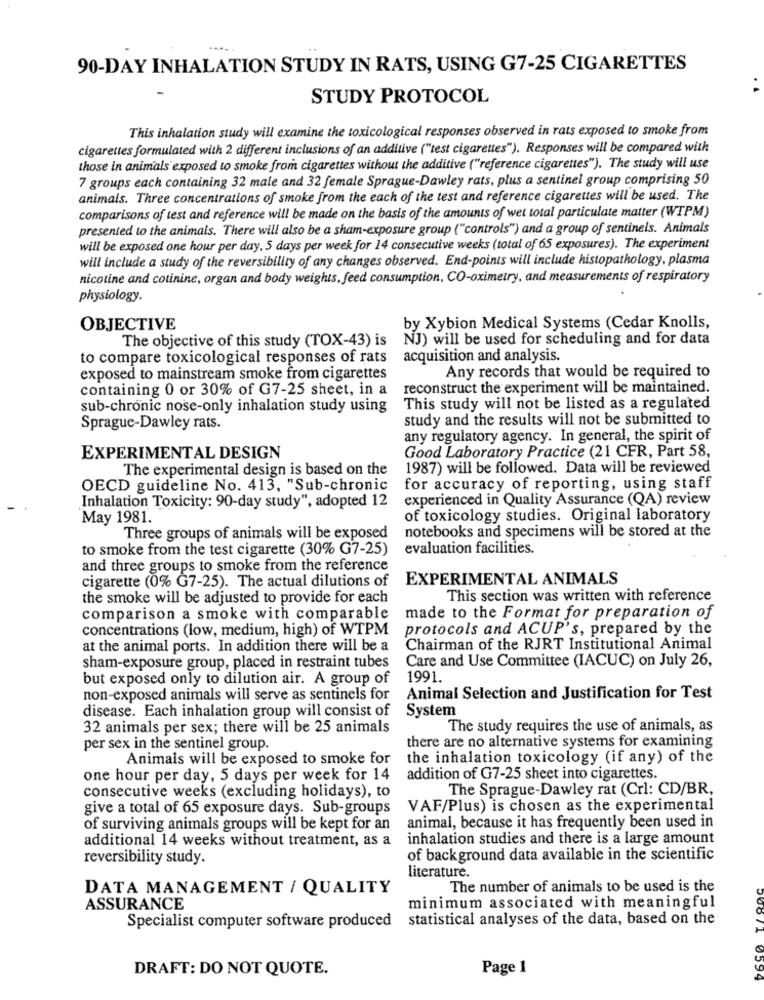
90-DAY INHALATION STUDY IN RATS, USING G7-25 CIGARETTES
STUDY PROTOCOL
This inhalation study will examine the toxicological responses observed in rats exposed to smoke from
cigarettes formulated with 2 different inclusions of an additive ("test cigarettes"). Responses will be compared with
those in animals exposed to smoke from cigarettes without the additive ("reference cigarettes"). The study will use
7 groups each containing 32 male and 32 female Sprague-Dawley rats, plus a sentinel group comprising 50
animals. Three concentrations of smoke from the each of the test and reference cigarettes will be used. The
comparisons of test and reference will be made on the basis of the amounts of wet total particulate matter (WTPM)
presented to the animals. There will also be a sham-exposure group ("controls") and a group of sentinels. Animals
will be exposed one hour per day. 5 days per week for 14 consecutive weeks (total of 65 exposures). The experiment
will include a study of the reversibility of any changes observed. End-points will include histopathology, plasma
nicotine and cotinine, organ and body weights, feed consumption. CO-oximetry, and measurements of respiratory
physiology.
OBJECTIVE
by Xybion Medical Systems (Cedar Knolls,
The objective of this study (TOX-43) is
NJ) will be used for scheduling and for data
to compare toxicological responses of rats
acquisition and analysis.
exposed to mainstream smoke from cigarettes
Any records that would be required to
containing 0 or 30% of G7-25 sheet, in a
reconstruct the experiment will be maintained.
sub-chronic nose-only inhalation study using
This study will not be listed as a regulated
study and the results will not be submitted to
Sprague-Dawley rats.
any regulatory agency. In general, the spirit of
Good Laboratory Practice (21 CFR, Part 58,
EXPERIMENTAL DESIGN
The experimental design is based on the
1987) will be followed. Data will be reviewed
OECD guideline No. 413, "Sub-chronic
for accuracy of reporting, using staff
experienced in Quality Assurance (QA) review
Inhalation Toxicity: 90-day study", adopted 12
May 1981.
of toxicology studies. Original laboratory
notebooks and specimens will be stored at the
Three groups of animals will be exposed
to smoke from the test cigarette (30% G7-25)
evaluation facilities.
and three groups to smoke from the reference
cigarette (0% G7-25). The actual dilutions of
EXPERIMENTAL ANIMALS
the smoke will be adjusted to provide for each
This section was written with reference
comparison a smoke with comparable
made to the Format for preparation of
concentrations (low, medium, high) of WTPM
protocols and ACUP's, prepared by the
at the animal ports. In addition there will be a
Chairman of the RJRT Institutional Animal
Care and Use Committee (IACUC) on July 26,
sham-exposure group, placed in restraint tubes
but exposed only to dilution air. A group of
1991
non-exposed animals will serve as sentinels for
Animal Selection and Justification for Test
disease. Each inhalation group will consist of
System
32 animals per sex; there will be 25 animals
The study requires the use of animals, as
per sex in the sentinel group.
there are no alternative systems for examining
Animais will be exposed to smoke for
the inhalation toxicology (if any) of the
one hour per day, 5 days per week for 14
addition of G7-25 sheet into cigarettes.
The Sprague-Dawley rat (Crl: CD/BR,
consecutive weeks (excluding holidays), to
give a total of 65 exposure days. Sub-groups
VAF/Plus) is chosen as the experimental
animal, because it has frequently been used in
of surviving animals groups will be kept for an
additional 14 weeks without treatment, as a
inhalation studies and there is a large amount
reversibility study.
of background data available in the scientific
literature.
DATA MANAGEMENT / QUALITY
The number of animals to be used is the
ASSURANCE
minimum associated with meaningful
statistical analyses of the data, based on the
Specialist computer software produced
DRAFT: DO NOT QUOTE.
Page 1
0594